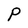
Character: P